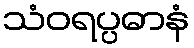
သံဝရပ္ပဓာနံ